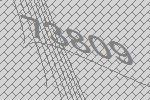
73809